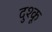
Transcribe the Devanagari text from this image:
दुश्कू